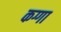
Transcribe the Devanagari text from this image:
कग्गा